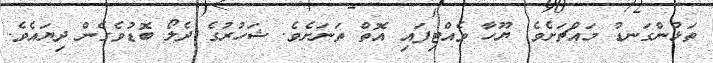
ތަޅުންގަނޑު މައްޗަށެވެ. ޔޫހާ ވެއްޓިފައި އޮތް ތަނަށެވެ. ޝަހުރުގެ ދެލޯ ބޮޑުވެގެން ދިޔައެވެ.